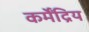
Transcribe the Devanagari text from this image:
कर्मेंद्रिय